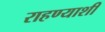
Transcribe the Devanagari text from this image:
राहण्याशी